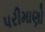
પરીમાણો